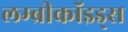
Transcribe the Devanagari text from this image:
लम्ब्रीकॉइड्स